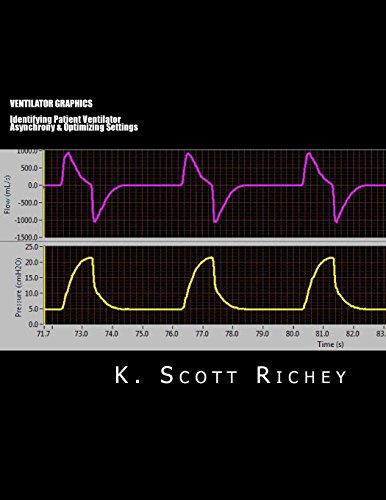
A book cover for Ventilator Graphics: Identifying Patient Ventilator Asynchrony & Optimizing Settings; K. Scott Richey; Medical Books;